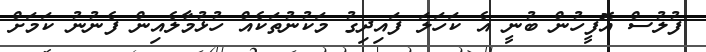
ފުލުސް އޮފީހުން ބުނީ އެ ކަހަލަ ފައިދިގު މަކުނުތަކެއް ހުޅުމާލެއިން ފެނުނު ކަމަށް